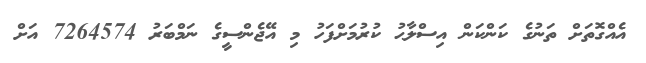
އެއްގޮތަށް ތަނުގެ ކަންކަން އިސްލާޙު ކުރުމަށްފަހު މި އޭޖެންސީގެ ނަމްބަރު 7264574 އަށް